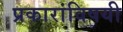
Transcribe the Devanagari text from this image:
प्रकारांविषयी